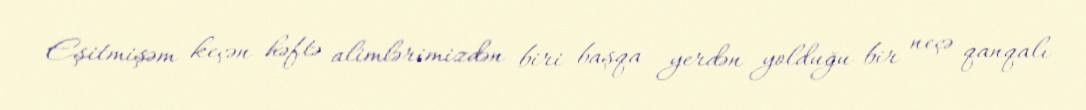
Eşitmişəm keçən həftə alimlərimizdən biri başqa yerdən yolduğu bir neçə qanqalı